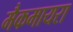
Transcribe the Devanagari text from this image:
मैकमायरा